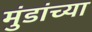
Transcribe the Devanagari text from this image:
मुंडांच्या